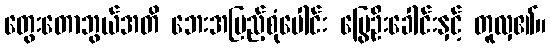
တွေးတောဘွယ်အတိ ဘေးအပြည့်စုံပေါင်း မြွေဦးခေါင်းနှင့် တူလှ၏။